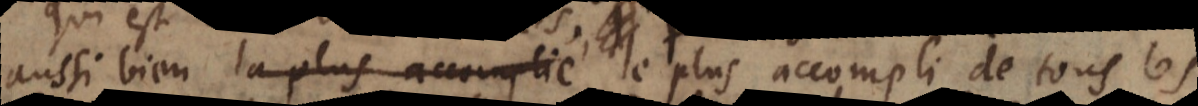
aussi bien la plus accomplie le plus accompli de tous les